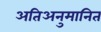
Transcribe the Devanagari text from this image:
अतिअनुमानित